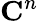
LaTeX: \mathbf{C}^{n}